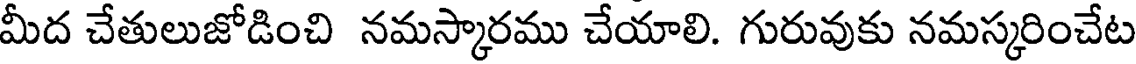
మీద చేతులుజోడించి నమస్కారము చేయాలి. గురువుకు నమస్కరించేట